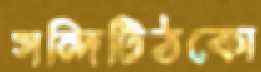
সন্দিটিঠকো